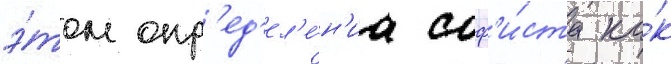
э́том опр'ед'ел'е́н'иа соф'и́ста ка́к